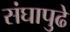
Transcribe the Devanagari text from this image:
संघापुढे